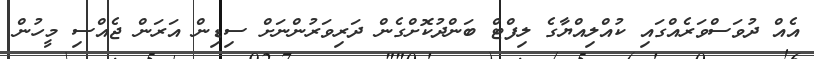
އެއް ދުވަސްވަރެއްގައި ކުއްލިއްޔާގެ ލިފްޓް ބަންދުކޮށްގެން ދަރިވަރުންނަށް ސިޑިން އަރަން ޖެއްސި މީހުން